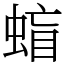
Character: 䗈